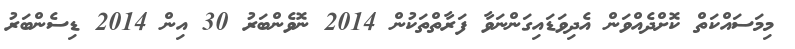
މިމަސައްކަތް ކޮށްދެއްވަން އެދިވަޑައިގަންނަވާ ފަރާތްތަކުން 2014 ނޮވެންބަރު 30 އިން 2014 ޑިސެންބަރު